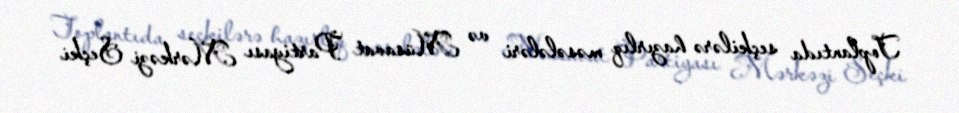
Toplantıda seçkilərə hazırlıq məsələləri və Müsavat Partiyası Mərkəzi Seçki